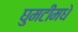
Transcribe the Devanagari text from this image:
घुमटीमधे